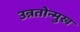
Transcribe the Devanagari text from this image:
उन्नतोन्मुख